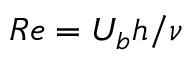
R e = U _ { b } h / \nu